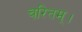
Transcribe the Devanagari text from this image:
चरितम्।